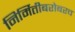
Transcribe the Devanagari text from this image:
निर्मितीबरोबरच